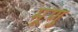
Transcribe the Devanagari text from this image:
मूणु